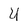
Character: U